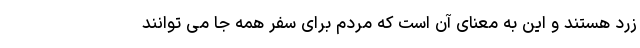
زرد هستند و این به معنای آن است که مردم برای سفر همه جا می توانند